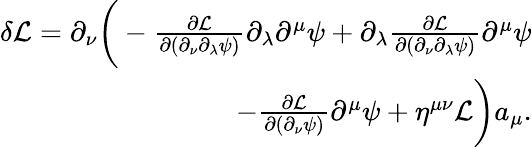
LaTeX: \begin{array}{r}{\delta\mathcal{L}=\partial_{\nu}\bigg(-\frac{\partial\mathcal{L}}{\partial(\partial_{\nu}\partial_{\lambda}\psi)}\partial_{\lambda}\partial^{\mu}\psi+\partial_{\lambda}\frac{\partial\mathcal{L}}{\partial(\partial_{\nu}\partial_{\lambda}\psi)}\partial^{\mu}\psi}\\ {-\frac{\partial\mathcal L}{\partial(\partial_{\nu}\psi)}\partial^{\mu}\psi+\eta^{\mu\nu}\mathcal{L}\bigg)a_{\mu}.}\end{array}